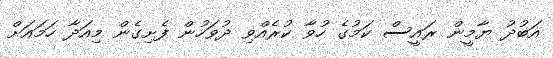
އަބުދު ޔާމީން ރައީސް ކަމުގެ ހުވާ ކުރެއްވި ދުވަހުން ފެށިގެން މިއަދާ ހަމައަށް